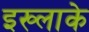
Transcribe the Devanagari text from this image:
इख्लाके